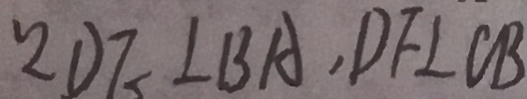
\because D F \bot B A , D F \bot C B